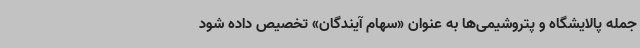
جمله پالایشگاه و پتروشیمی‌ها به عنوان «سهام آیندگان» تخصیص داده شود